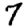
Digit: 7